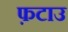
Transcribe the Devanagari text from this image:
फ़टाउ